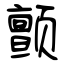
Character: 颤